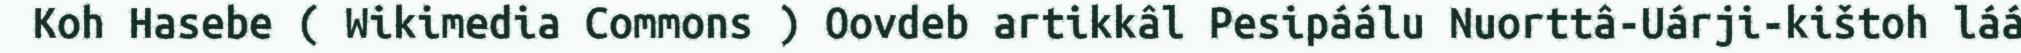
Koh Hasebe ( Wikimedia Commons ) Oovdeb artikkâl Pesipáálu Nuorttâ-Uárji-kištoh láá